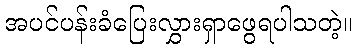
အပင်ပန်းခံပြေးလွှားရှာဖွေရပါသတဲ့။